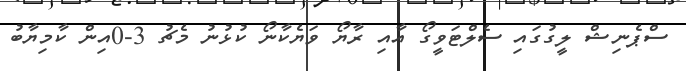
ސްޕެނިޝް ލީގުގައި ސެލްޓަވީގޯ އާއި ރާޔޯ ވަޔެކާނޯ ކުޅުނު މެޗު 3-0އިން ކާމިޔާބު